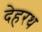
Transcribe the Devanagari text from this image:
देहरथ